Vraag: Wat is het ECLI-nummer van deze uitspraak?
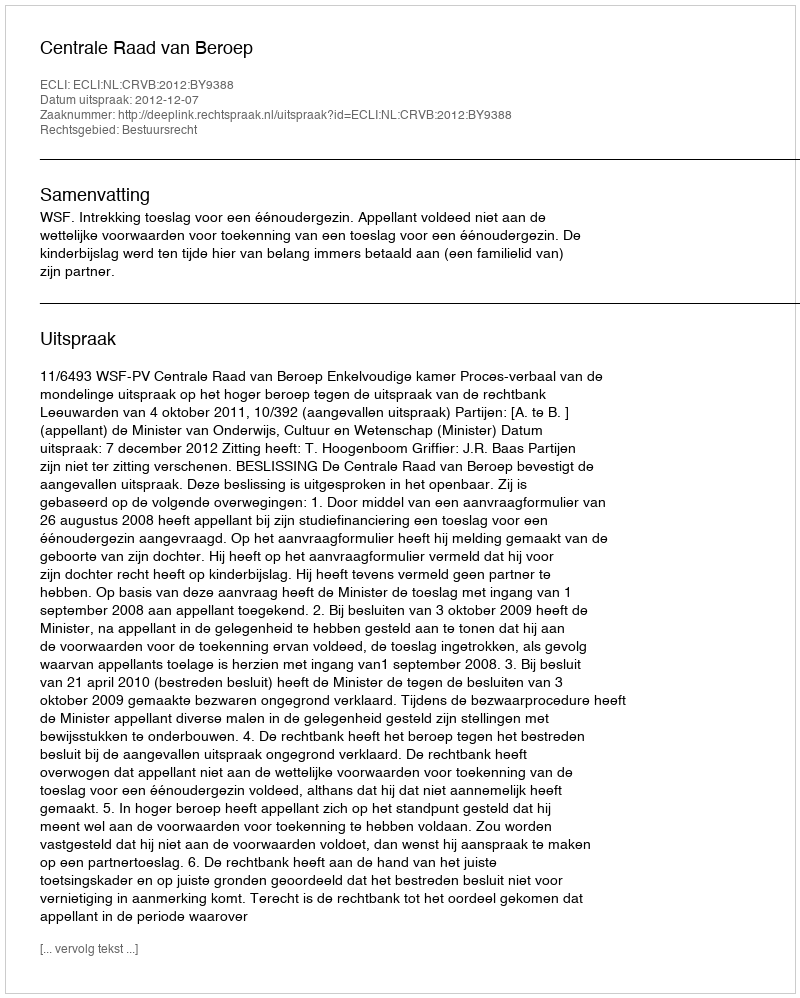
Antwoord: ECLI:NL:CRVB:2012:BY9388